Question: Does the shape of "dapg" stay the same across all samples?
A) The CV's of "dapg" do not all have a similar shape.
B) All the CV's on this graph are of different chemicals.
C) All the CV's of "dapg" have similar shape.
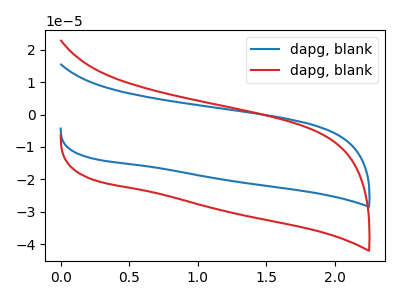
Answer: <think>The blue curve "dapg, blank1" has no peaks. The red curve "dapg, blank2" has no peaks.
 Neither "dapg, blank1" or "dapg, blank2" have any peaks.</think>
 <answer>C) All the CV's of "dapg" have similar shape.</answer>
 <eval>C</eval>